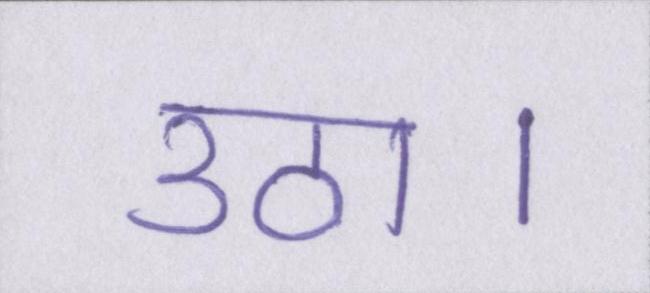
उठा।